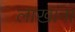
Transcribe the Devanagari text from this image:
लाखांना